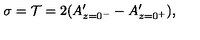
\sigma = { \cal T } = 2 ( A _ { z = 0 ^ { - } } ^ { \prime } - A _ { z = 0 ^ { + } } ^ { \prime } ) ,